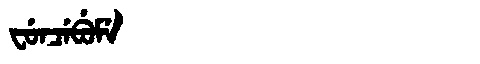
Manchu: ᠸᡠᠨᠴᡝᠪᡠᠮᡝ
Romanization: FUNCEBUME